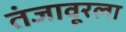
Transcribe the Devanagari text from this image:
तंजावूरला